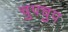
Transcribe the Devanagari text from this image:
चुपचुप